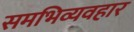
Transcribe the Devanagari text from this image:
समभिव्यवहार